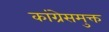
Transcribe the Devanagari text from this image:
कांग्रेसमुक्त